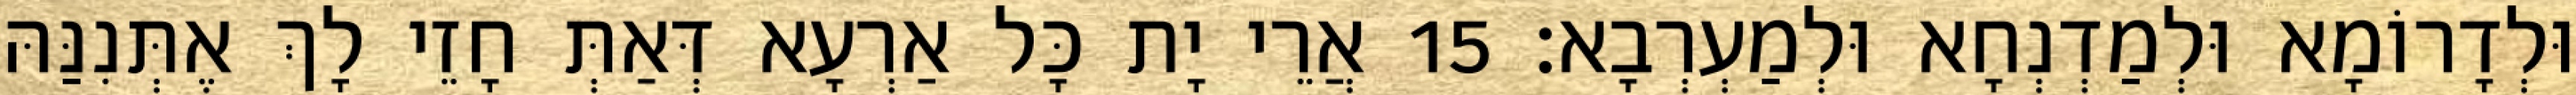
וּלְדָרוֹמָא וּלְמַדְנְחָא וּלְמַעְרְבָא׃ 15 אֲרֵי יָת כָּל אַרְעָא דְּאַתְּ חָזֵי לָךְ אֶתְּנִנַּהּ